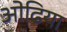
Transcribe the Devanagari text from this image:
ओढिया